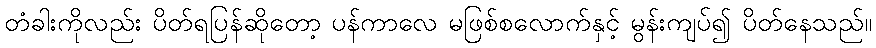
တံခါးကိုလည်း ပိတ်ရပြန်ဆိုတော့ ပန်ကာလေ မဖြစ်စလောက်နှင့် မွန်းကျပ်၍ ပိတ်နေသည်။